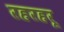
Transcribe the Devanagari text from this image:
रहरहरू